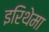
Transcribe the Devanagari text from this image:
इरिथेमा